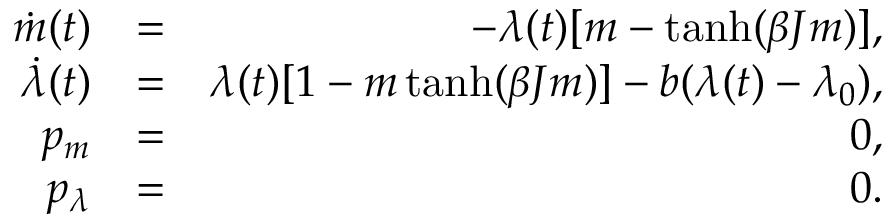
\begin{array} { r l r } { \dot { m } ( t ) } & { = } & { - \lambda ( t ) [ m - \operatorname { t a n h } ( \beta J m ) ] , } \\ { \dot { \lambda } ( t ) } & { = } & { \lambda ( t ) [ 1 - m \operatorname { t a n h } ( \beta J m ) ] - b ( \lambda ( t ) - \lambda _ { 0 } ) , } \\ { p _ { m } } & { = } & { 0 , } \\ { p _ { \lambda } } & { = } & { 0 . } \end{array}